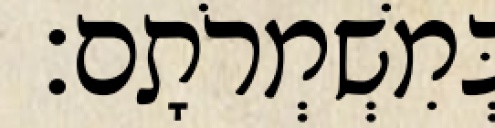
בְּמִשְׁמְרֹתָם׃